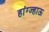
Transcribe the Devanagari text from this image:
हांग्ज्हाऊ